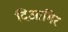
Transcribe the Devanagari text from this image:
दिआमिर